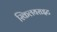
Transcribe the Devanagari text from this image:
स्किलयराइट